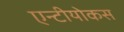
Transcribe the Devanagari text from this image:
एन्टीयोकस